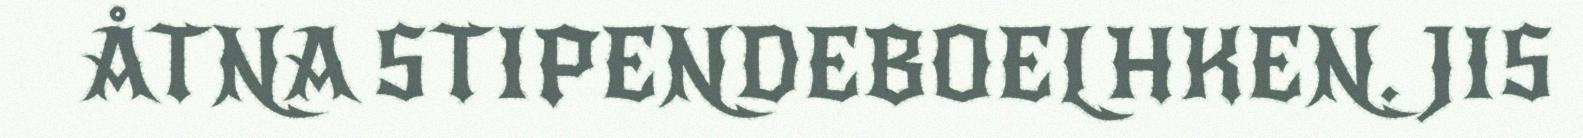
ÅTNA STIPENDEBOELHKEN. JIS